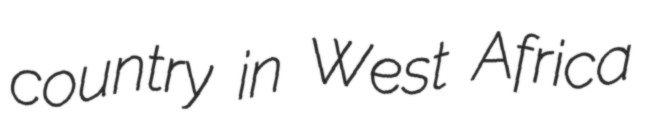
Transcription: country in West Africa